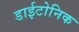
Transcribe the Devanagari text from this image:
डाईटोनिक